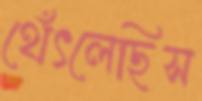
থেঁৎলেছিস